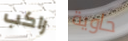
راكب حاوية